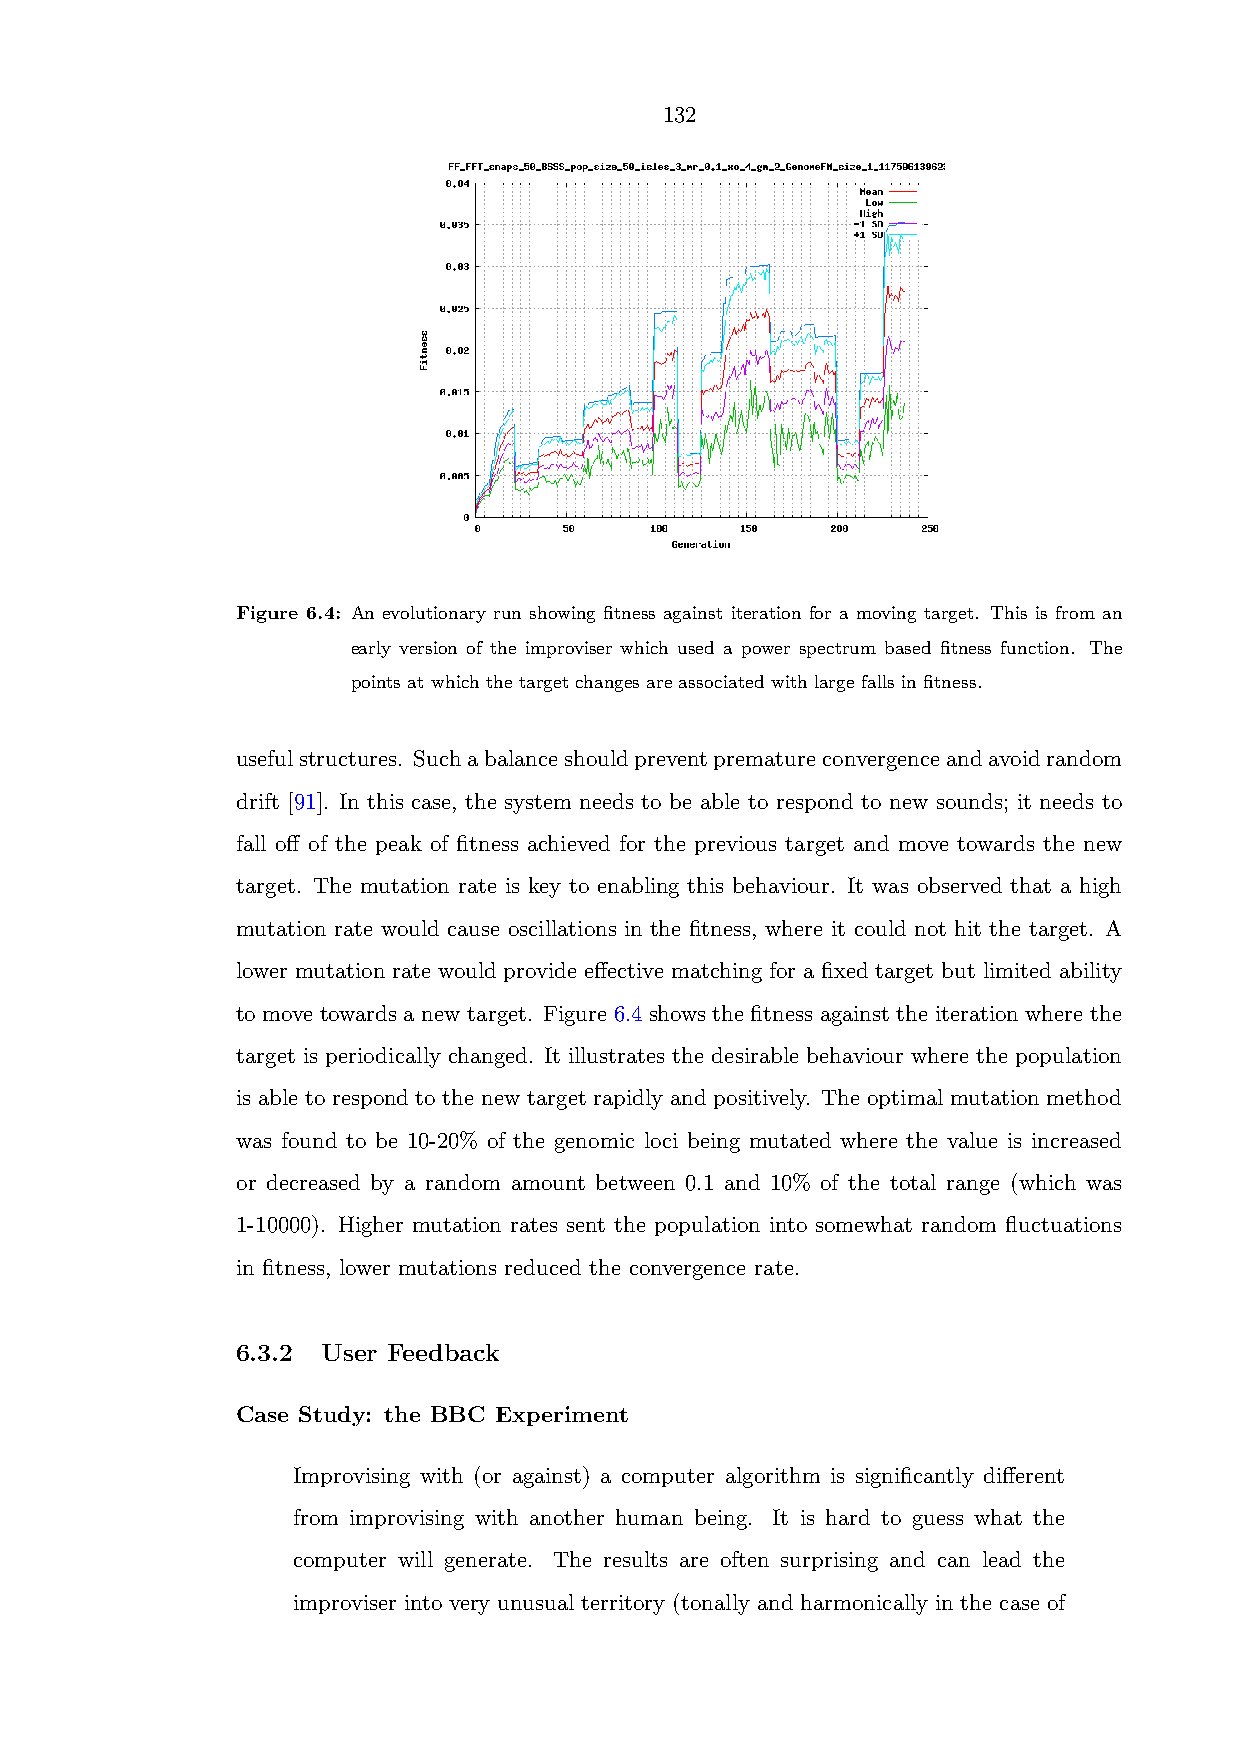
132
 Figure 6.4: An evolutionary run showing fitness against iteration for a moving target. This is from an
 early version of the improviser which used a power spectrum based fitness function. The
 points at which the target changes are associated with large falls in fitness.
 usefulstructures. Suchabalanceshouldpreventprematureconvergenceandavoidrandom
 drift [91]. In this case, the system needs to be able to respond to new sounds; it needs to
 fall off of the peak of fitness achieved for the previous target and move towards the new
 target. The mutation rate is key to enabling this behaviour. It was observed that a high
 mutation rate would cause oscillations in the fitness, where it could not hit the target. A
 lower mutation rate would provide effective matching for a fixed target but limited ability
 to move towards a new target. Figure 6.4 shows the fitness against the iteration where the
 target is periodically changed. It illustrates the desirable behaviour where the population
 is able to respond to the new target rapidly and positively. The optimal mutation method
 was found to be 10-20% of the genomic loci being mutated where the value is increased
 or decreased by a random amount between 0.1 and 10% of the total range (which was
 1-10000). Higher mutation rates sent the population into somewhat random fluctuations
 in fitness, lower mutations reduced the convergence rate.
 6.3.2 User Feedback
 Case Study: the BBC Experiment
 Improvising with (or against) a computer algorithm is significantly different
 from improvising with another human being. It is hard to guess what the
 computer will generate. The results are often surprising and can lead the
 improviser into very unusual territory (tonally and harmonically in the case of